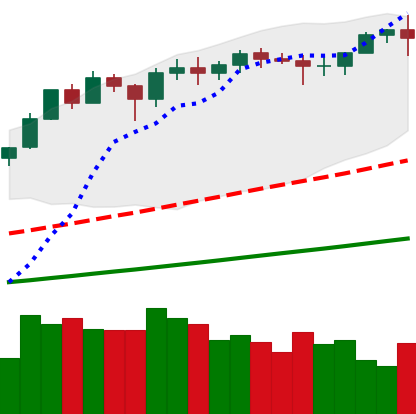
Ticker: ETH-USD
Chart end date: 2021-02-20
Forward return: -23.122%
Label: down_7plus